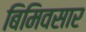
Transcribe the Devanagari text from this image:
बिमिवसार